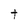
Character: t